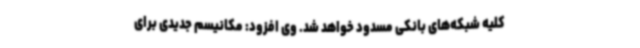
کلیه شبکه‌های بانکی مسدود خواهد شد. وی افزود: مکانیسم جدیدی برای